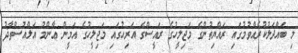
މި ބައްދަލުކުރެއްވުމުގައި ރައްޔިތުންގެ މަޖިލީހުގެ ރައީސްގެ އަރިހުގައި މަޖިލީހުގެ އަމީން ޢާންމު އަލްއުސްތާޛު